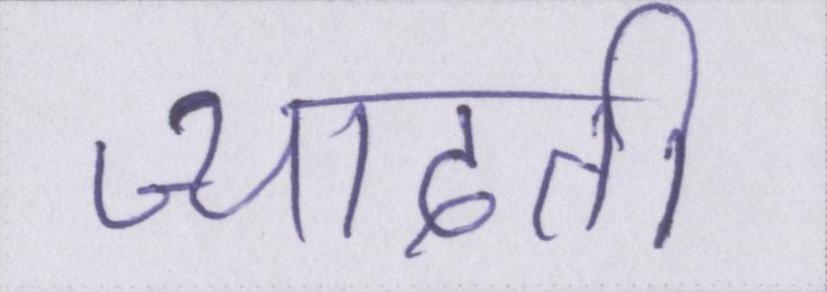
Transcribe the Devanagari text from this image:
ज्यादती